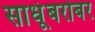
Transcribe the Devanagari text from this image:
साधूंबरोबर